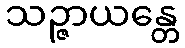
သဉ္ဇာယန္တေ